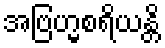
အဗြဟ္မစရိယန္တိ